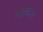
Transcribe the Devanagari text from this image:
तोरकेस